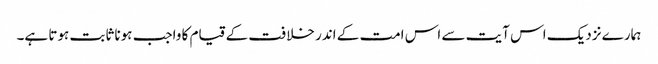
ہمارے نزدیک اس آیت سے اس امت کے اندر خلافت کے قیام کا واجب ہونا ثابت ہوتا ہے۔